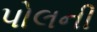
પોલની